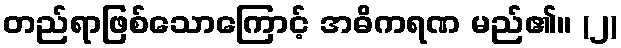
တည်ရာဖြစ်သောကြောင့် အဓိကရဏ မည်၏။ (၂)